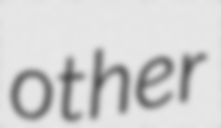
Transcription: other